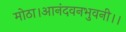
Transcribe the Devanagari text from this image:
मोठा।आनंदवनभुवनी।।